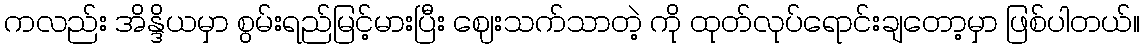
ကလည်း အိန္ဒိယမှာ စွမ်းရည်မြင့်မားပြီး ဈေးသက်သာတဲ့ ကို ထုတ်လုပ်ရောင်းချတော့မှာ ဖြစ်ပါတယ်။